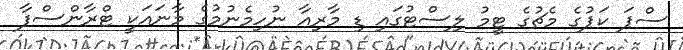
ސްޕަ ކަޕުގެ މެޗުގެ ޓީމު ލިސްޓުގައި ޑި މާރިއާ ނުހިމެނުމުގެ މާނައަކީ ޓްރާންސްފާ